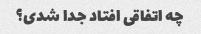
چه اتفاقی افتاد جدا شدی؟